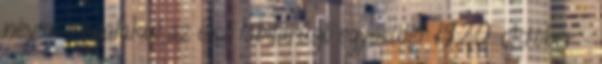
néven megalakul az első labdarúgó egyesület 1920. október –